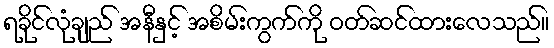
ရခိုင်လုံချည် အနီနှင့် အစိမ်းကွက်ကို ဝတ်ဆင်ထားလေသည်။